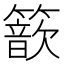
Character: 𥵗